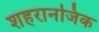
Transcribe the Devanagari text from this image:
शहरानजिक